Civil Veterinary Dept. Assam report 1911-1927 - 1911-1927
Year: 1911
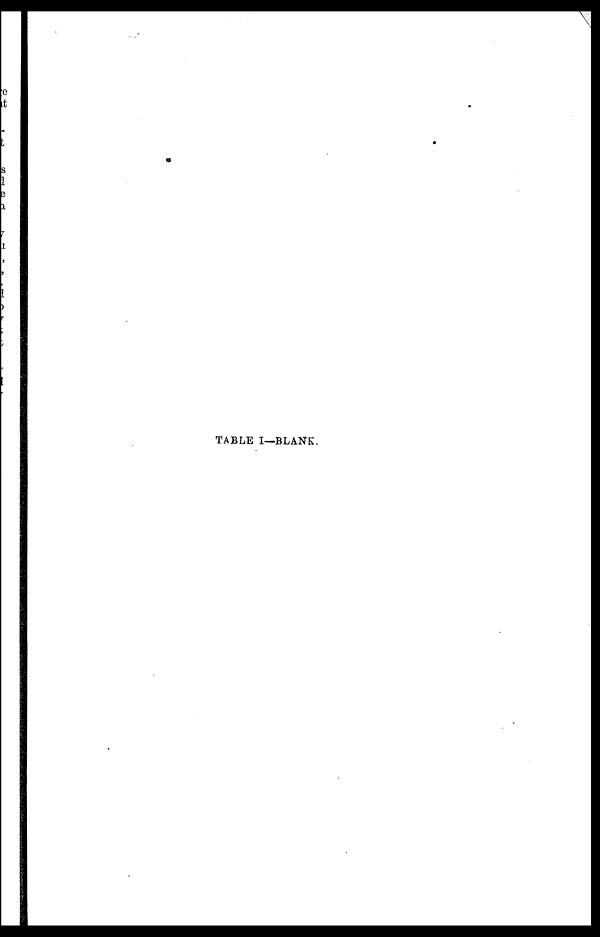
TABLE I—BLANK.